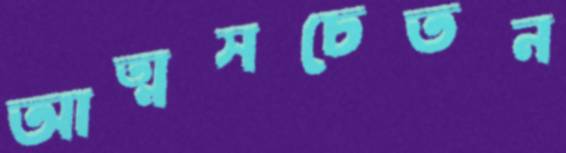
আত্মসচেতন